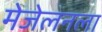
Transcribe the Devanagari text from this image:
मेजेलनला